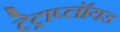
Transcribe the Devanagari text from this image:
टेट्राप्लॉयड